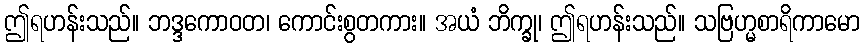
ဤရဟန်းသည်။ ဘဒ္ဒကောဝတ၊ ကောင်းစွတကား။ အယံ ဘိက္ခု၊ ဤရဟန်းသည်။ သဗြဟ္မစာရိကာမော